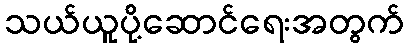
သယ်ယူပို့ဆောင်ရေးအတွက်